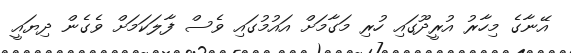
އޭނާގެ މިހާރު އުރީދޫގައި ހުރި މަގާމަށް އައުމުގައި ވެސް ފާލަކަމަށް ވެގެން ދިޔައީ